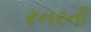
રનરની